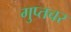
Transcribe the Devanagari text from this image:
गुप्‍तचर